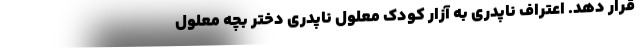
قرار دهد. اعتراف ناپدری به آزار کودک معلول ناپدری دختر بچه معلول